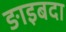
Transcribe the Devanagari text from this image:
ङाइबदा